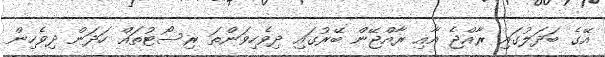
އޭގެ ބަދަލުގައި ރާއްޖެ އާއި ރާއްޖޭން ބޭރުގައި ދިވެހިވަންތަ ރިސޯޓުތައް ހަދަން ދިވެހިން